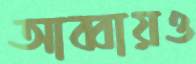
আব্বায়ও